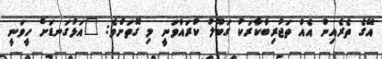
އޭގެ ތެރެއިން އެއް ތަޖުރިބާކާރަކު ގަބޫލު ކުރައްވަނީ މި ގޮތަށެވެ: "އަޅުގަނޑަށް ހީވަނީ